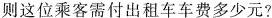
则这位乘客需付出租车车费多少元?